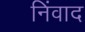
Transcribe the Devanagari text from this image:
निंवाद